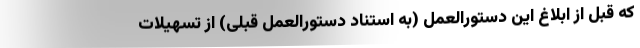
که قبل از ابلاغ این دستورالعمل (به استناد دستورالعمل قبلی) از تسهیلات